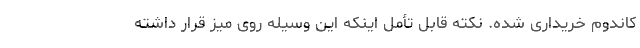
کاندوم خریداری شده. نکته قابل تأمل اینکه این وسیله روی میز قرار داشته